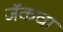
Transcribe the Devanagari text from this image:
जॅकचा